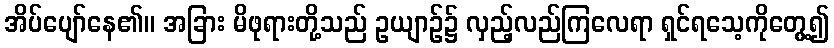
အိပ်ပျော်နေ၏။ အခြား မိဖုရားတို့သည် ဥယျာဉ်၌ လှည့်လည်ကြလေရာ ရှင်ရသေ့ကိုတွေ့၍